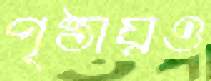
পৃষ্ঠায়ও